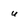
Character: u